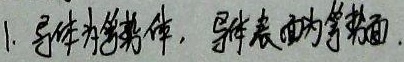
导体为等势体，导体表面为等势面.